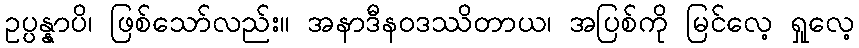
ဥပ္ပန္နာပိ၊ ဖြစ်သော်လည်း။ အနာဒီနဝဒဿိတာယ၊ အပြစ်ကို မြင်လေ့ ရှုလေ့